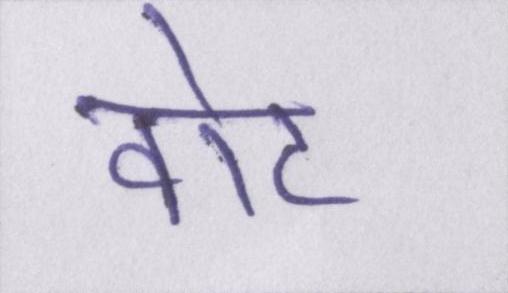
वोट